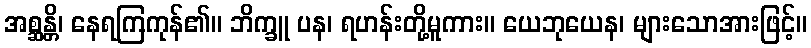
အစ္ဆန္တိ၊ နေရကြကုန်၏။ ဘိက္ခူ ပန၊ ရဟန်းတို့မူကား။ ယေဘုယေန၊ များသောအားဖြင့်။